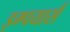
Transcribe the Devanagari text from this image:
इम्पयार्स